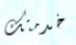
خدمتك